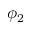
\phi _ { 2 }